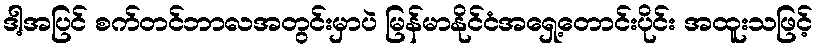
ဒါ့အပြင် စက်တင်ဘာလအတွင်းမှာပဲ မြန်မာနိုင်ငံအရှေ့တောင်းပိုင်း အထူးသဖြင့်